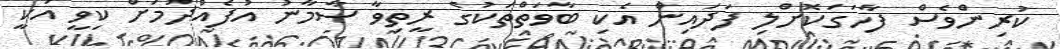
ކުރިންވެސް ފާހަގަކޮށްލި ފަދައިން އެކި ބާވަތްތަކުގެ ރީތިވާ ސާމާނު އުފެއްދުމަށް ކިވީ އަކީ